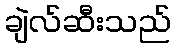
ချဲလ်ဆီးသည်